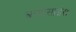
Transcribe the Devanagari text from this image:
बायोसाइंस